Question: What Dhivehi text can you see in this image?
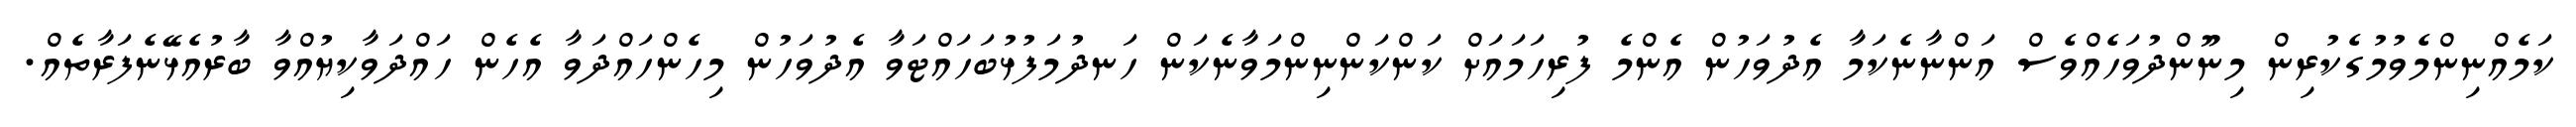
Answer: ކަމެއްނިންމެވުމުގެކުރިން މިނޫންދުވަހެއްވެސް އަންނާނެކަމާ އެދުވަހުން އެންމެ ފުރިހަމައަށް ކަންކަންނިންމަވާނެކަން ހަނދުމަފުޅުބަހައްޓަވާ އެދުވަހުން މިހެންހައްދަވާ އެހެން ހައްދަވާކިޔުއްވާ ބާރުއެޅޭނެފަރާތެއް.